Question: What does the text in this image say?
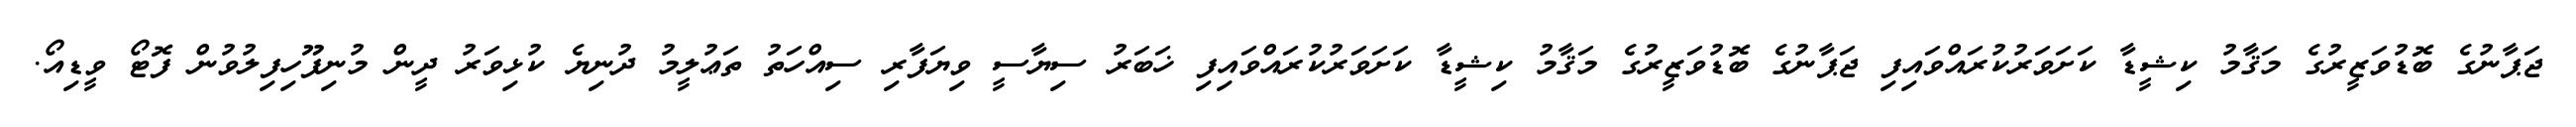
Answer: ޖަޕާނުގެ ބޮޑުވަޒީރުގެ މަޤާމު ކިޝީޑާ ކަށަވަރުކުރައްވައިފި ޖަޕާނުގެ ބޮޑުވަޒީރުގެ މަޤާމު ކިޝީޑާ ކަށަވަރުކުރައްވައިފި ޚަބަރު ސިޔާސީ ވިޔަފާރި ސިއްހަތު ތަޢުލީމު ދުނިޔެ ކުޅިވަރު ދީން މުނިފޫހިފިލުވުން ފޮޓޯ ވީޑިއޯ.